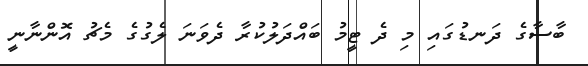
ބާސާގެ ދަނޑުގައި މި ދެ ޓީމު ބައްދަލުކުރާ ދެވަނަ ލެގުގެ މެޗު އޮންނާނީ